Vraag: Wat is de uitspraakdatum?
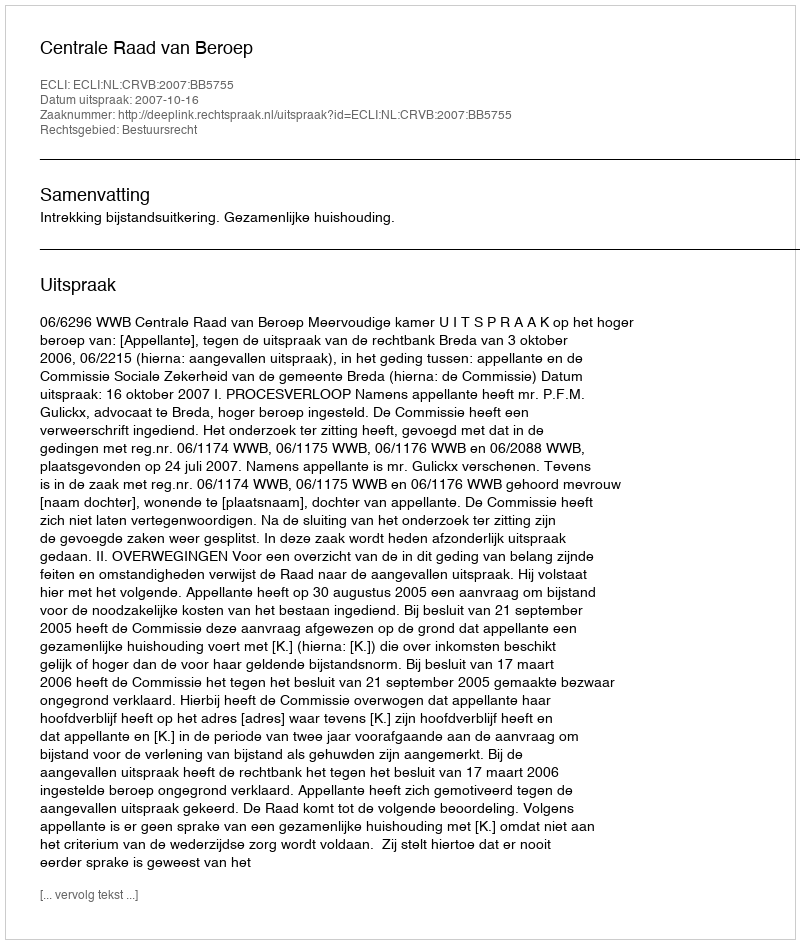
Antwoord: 2007-10-16